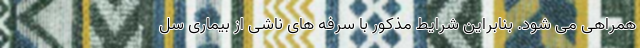
همراهی می شود. بنابراین شرایط مذکور با سرفه های ناشی از بیماری سل